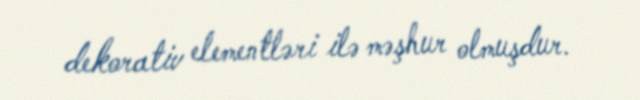
dekorativ elementləri ilə məşhur olmuşdur.